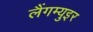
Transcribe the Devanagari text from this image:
लैंगम्युइर